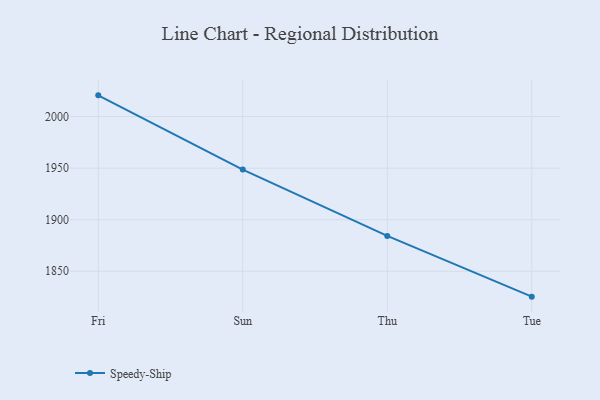
{"axis": {"x": "Day", "y": "Energy Usage (MWh)"}, "legend": ["Speedy-Ship"], "data": [{"x": "Fri", "y": 2020.6, "type": "Speedy-Ship"}, {"x": "Sun", "y": 1948.6, "type": "Speedy-Ship"}, {"x": "Thu", "y": 1884.3, "type": "Speedy-Ship"}, {"x": "Tue", "y": 1825.4, "type": "Speedy-Ship"}]}